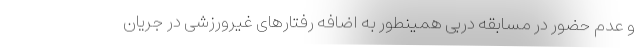
و عدم حضور در مسابقه دربی همینطور به اضافه رفتارهای غیرورزشی در جریان